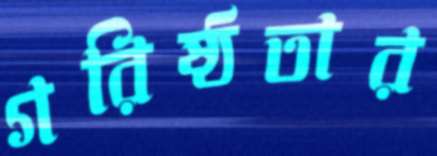
গরিষ্ঠতার